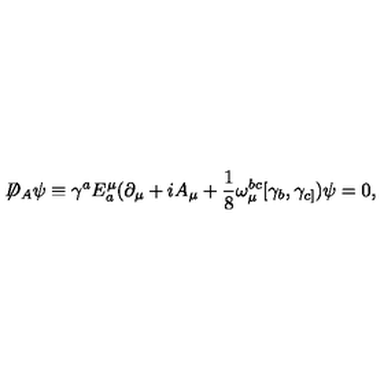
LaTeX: \not { \! \! D } _ { A } \psi \equiv \gamma ^ { a } E _ { a } ^ { \mu } ( \partial _ { \mu } + i A _ { \mu } + \frac { 1 } { 8 } \omega _ { \mu } ^ { b c } [ \gamma _ { b } , \gamma _ { c ] } ) \psi = 0 ,